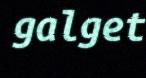
galget